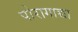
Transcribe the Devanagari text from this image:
पोरागाच्चा